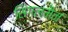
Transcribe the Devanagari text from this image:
सिंगलमैन